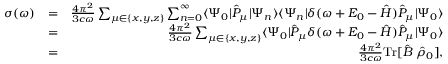
\begin{array} { r l r } { \sigma ( \omega ) } & { = } & { \frac { 4 \pi ^ { 2 } } { 3 c \omega } \sum _ { \mu \in \{ x , y , z \} } \sum _ { n = 0 } ^ { \infty } \ensuremath { \langle \Psi _ { 0 } \vert } \hat { P } _ { \mu } \ensuremath { \vert \Psi _ { n } \rangle } \ensuremath { \langle \Psi _ { n } \vert } \delta ( \omega + E _ { 0 } - \hat { H } ) \hat { P } _ { \mu } \ensuremath { \vert \Psi _ { 0 } \rangle } } \\ & { = } & { \frac { 4 \pi ^ { 2 } } { 3 c \omega } \sum _ { \mu \in \{ x , y , z \} } \ensuremath { \langle \Psi _ { 0 } \vert } \hat { P } _ { \mu } \delta ( \omega + E _ { 0 } - \hat { H } ) \hat { P } _ { \mu } \ensuremath { \vert \Psi _ { 0 } \rangle } } \\ & { = } & { \frac { 4 \pi ^ { 2 } } { 3 c \omega } \ensuremath { \mathrm { T r } } [ \hat { B } \; \hat { \rho } _ { 0 } ] , } \end{array}